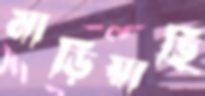
মাড়িয়াছি